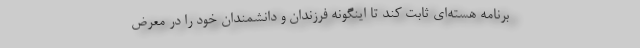
برنامه هسته‌ای ثابت کند تا اینگونه فرزندان و دانشمندان خود را در معرض